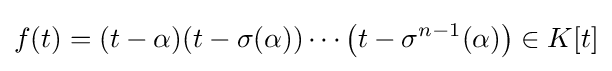
f(t)=(t-\alpha )(t-\sigma (\alpha ))\cdots \left(t-\sigma ^{n-1}(\alpha )\right)\in K[t]